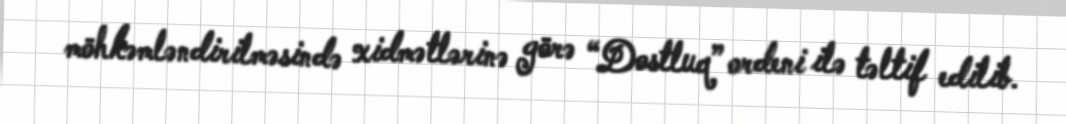
möhkəmləndirilməsində xidmətlərinə görə “Dostluq” ordeni ilə təltif edilib.